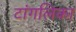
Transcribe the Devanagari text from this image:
टांगलिका